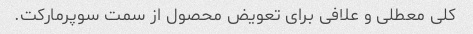
کلی معطلی و علافی برای تعویض محصول از سمت سوپرمارکت.